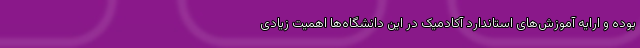
بوده و ارایه آموزش‌های استاندارد آکادمیک در این دانشگاه‌ها اهمیت زیادی